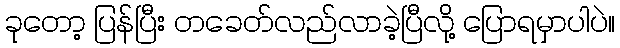
ခုတော့ ပြန်ပြီး တခေတ်လည်လာခဲ့ပြီလို့ ပြောရမှာပါပဲ။